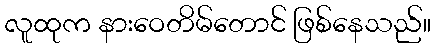
လူထုက နားဝေတိမ်တောင် ဖြစ်နေသည်။